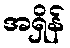
အရှိန်